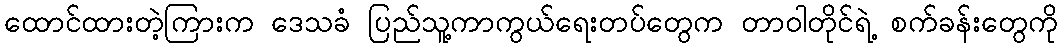
ထောင်ထားတဲ့ကြားက ဒေသခံ ပြည်သူ့ကာကွယ်ရေးတပ်တွေက တာဝါတိုင်ရဲ့ စက်ခန်းတွေကို